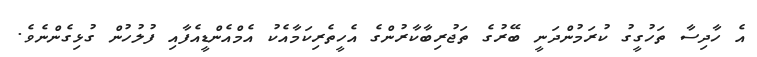
އެ ހާދިސާ ތަހުގީގު ކުރަމުންދަނީ ބޭރުގެ ތަޖުރިބާކާރުންގެ އެހީތެރިކަމާއެކު އެމްއެންޑީއެފާއި ފުލުހުން ގުޅިގެންނެވެ.